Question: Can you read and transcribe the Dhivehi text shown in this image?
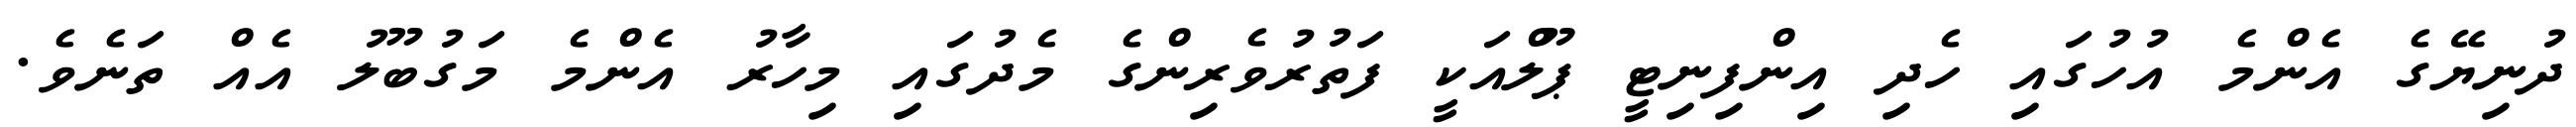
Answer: ދުނިޔޭގެ އެންމެ އުހުގައި ހެދި އިންފިނިޓީ ޕޫލްއަކީ ފަތުރުވެރިންގެ މެދުގައި މިހާރު އެންމެ މަގުބޫލު އެއް ތަނެވެ.